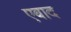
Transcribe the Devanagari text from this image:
एबाद